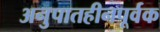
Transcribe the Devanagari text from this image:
अनुपातहीनपूर्वक